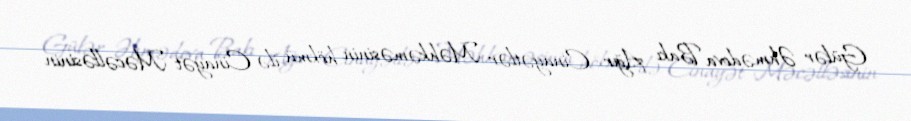
Gülər Əhmədova Bakı Ağır Cinayətlər Məhkəməsinin hökmü ilə Cinayət Məcəlləsinin